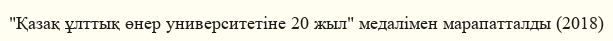
"Қазақ ұлттық өнер университетіне 20 жыл" медалімен марапатталды (2018)